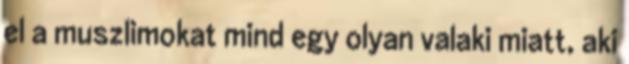
el a muszlimokat mind egy olyan valaki miatt, aki